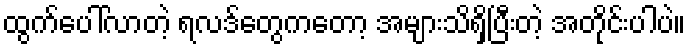
ထွက်ပေါ်လာတဲ့ ရလဒ်တွေကတော့ အများသိရှိပြီးတဲ့ အတိုင်းပါပဲ။